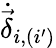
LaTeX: \dot{\vec{\delta}}_{i,(i^{\prime})}